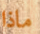
ماذا